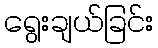
ရွေးချယ်ခြင်း